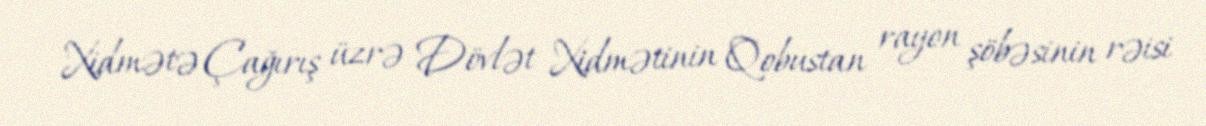
Xidmətə Çağırış üzrə Dövlət Xidmətinin Qobustan rayon şöbəsinin rəisi